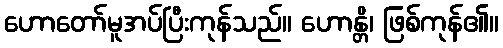
ဟောတော်မူအပ်ပြီးကုန်သည်။ ဟောန္တိ၊ ဖြစ်ကုန်၏။